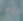
لذا